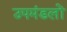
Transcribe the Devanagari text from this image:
उपमंडलों